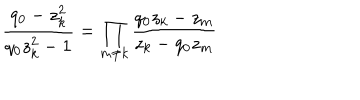
\frac { q _ { 0 } - z _ { k } ^ { 2 } } { q _ { 0 } z _ { k } ^ { 2 } - 1 } = \prod _ { m \neq k } \frac { q _ { 0 } z _ { k } - z _ { m } } { z _ { k } - q _ { 0 } z _ { m } }